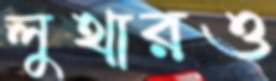
লুথারও